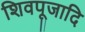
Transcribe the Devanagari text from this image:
शिवपूजादि